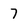
Character: 7